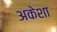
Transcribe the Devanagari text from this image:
अकेशा